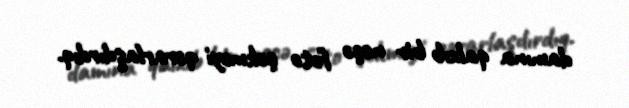
damına qalxıb bir neçə foto çəkməyi qərarlaşdırdıq.